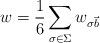
LaTeX: \begin{gather*}w = \frac{1}{6}\sum_{\sigma\in\Sigma} w_{\sigma\vec{b}}\end{gather*}